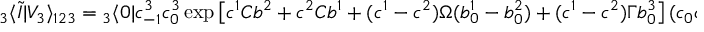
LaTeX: { } _ { 3 } \langle \tilde { I } | V _ { 3 } \rangle _ { 1 2 3 } = { } _ { 3 } \langle 0 | c _ { - 1 } ^ { 3 } c _ { 0 } ^ { 3 } \exp \left[ c ^ { 1 } C b ^ { 2 } + c ^ { 2 } C b ^ { 1 } + ( c ^ { 1 } - c ^ { 2 } ) \Omega ( b _ { 0 } ^ { 1 } - b _ { 0 } ^ { 2 } ) + ( c ^ { 1 } - c ^ { 2 } ) \Gamma b _ { 0 } ^ { 3 } \right] ( c _ { 0 } c _ { 1 } | 0 \rangle ) _ { 1 2 3 } \nonumber